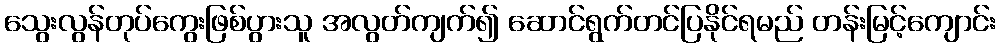
သွေးလွန်တုပ်ကွေးဖြစ်ပွားသူ အလွတ်ကျက်၍ ဆောင်ရွက်တင်ပြနိုင်ရမည် တန်းမြင့်ကျောင်း